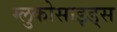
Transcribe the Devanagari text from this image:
ग्लुकोसाइड्‌स